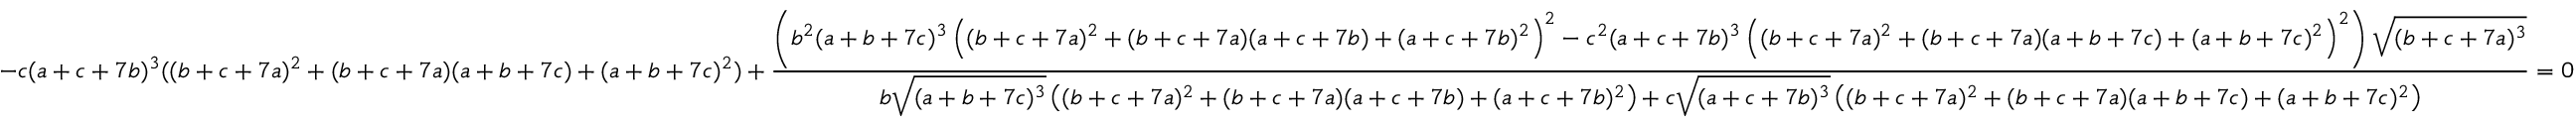
- c ( a + c + 7 b ) ^ { 3 } ( ( b + c + 7 a ) ^ { 2 } + ( b + c + 7 a ) ( a + b + 7 c ) + ( a + b + 7 c ) ^ { 2 } ) + \frac { \left( b ^ { 2 } ( a + b + 7 c ) ^ { 3 } \left( ( b + c + 7 a ) ^ { 2 } + ( b + c + 7 a ) ( a + c + 7 b ) + ( a + c + 7 b ) ^ { 2 } \right) ^ { 2 } - c ^ { 2 } ( a + c + 7 b ) ^ { 3 } \left( ( b + c + 7 a ) ^ { 2 } + ( b + c + 7 a ) ( a + b + 7 c ) + ( a + b + 7 c ) ^ { 2 } \right) ^ { 2 } \right) \sqrt { ( b + c + 7 a ) ^ { 3 } } } { b \sqrt { ( a + b + 7 c ) ^ { 3 } } \left( ( b + c + 7 a ) ^ { 2 } + ( b + c + 7 a ) ( a + c + 7 b ) + ( a + c + 7 b ) ^ { 2 } \right) + c \sqrt { ( a + c + 7 b ) ^ { 3 } } \left( ( b + c + 7 a ) ^ { 2 } + ( b + c + 7 a ) ( a + b + 7 c ) + ( a + b + 7 c ) ^ { 2 } \right) } = 0